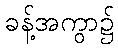
ခန့်အကွာ၌